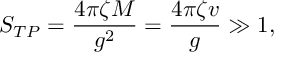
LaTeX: S _ { T P } = \frac { 4 \pi \zeta M } { g ^ { 2 } } = \frac { 4 \pi \zeta v } { g } \gg 1 ,